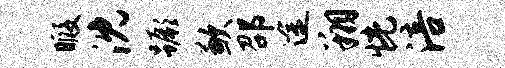
暇沈蹶歉邵途翔恍涪